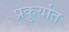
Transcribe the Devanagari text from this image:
प्रकुर्यात